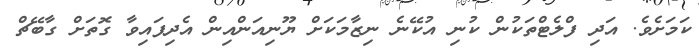
ކަމަށެވެ. އަދި ފްލެޓްތަކުން ކުނި އުކޭނެ ނިޒާމަކަށް ޔޫނިއަންއިން އެދިފައިވާ ގޮތަށް ގާބޭޗް